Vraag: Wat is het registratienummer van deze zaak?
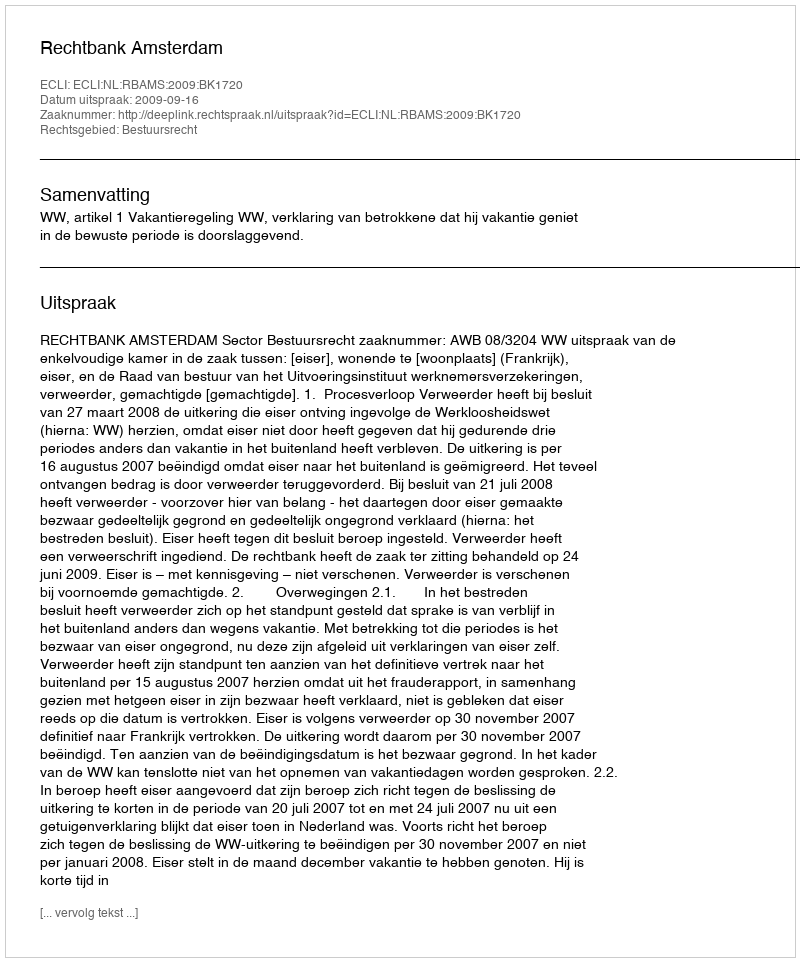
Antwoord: http://deeplink.rechtspraak.nl/uitspraak?id=ECLI:NL:RBAMS:2009:BK1720